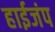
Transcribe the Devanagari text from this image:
हाईजंप